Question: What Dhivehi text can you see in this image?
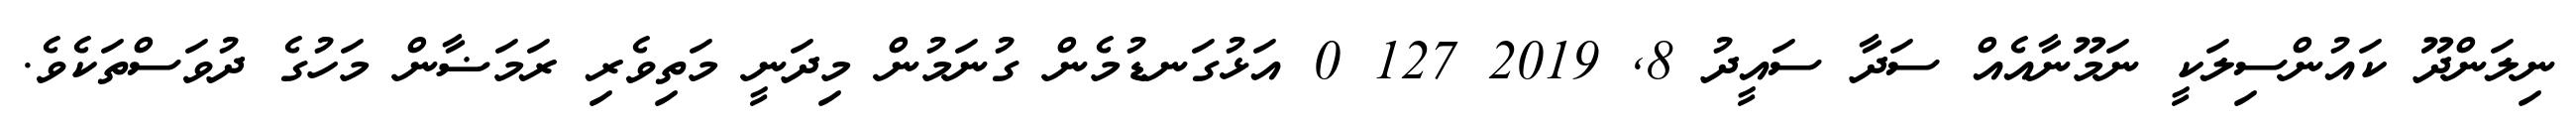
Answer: ނިލަންދޫ ކައުންސިލަކީ ނަމޫނާއެއް ސަދާ ސައީދު 8, 2019 127 0 އަޅުގަނޑުމެން ގުނަމުން މިދަނީ މަތިވެރި ރަމަޟާން މަހުގެ ދުވަސްތަކެވެ.